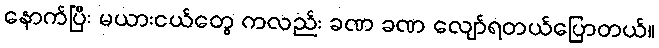
နောက်ပြီး မယားငယ်တွေ ကလည်း ခဏ ခဏ လျော်ရတယ်ပြောတယ်။